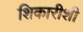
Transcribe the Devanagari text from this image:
शिकारीशी